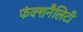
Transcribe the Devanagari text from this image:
फंक्शनैलिटी